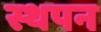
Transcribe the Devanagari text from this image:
स्थपन